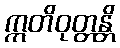
ဣတိဝုတ္တန္တိ